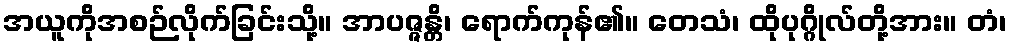
အယူကိုအစဉ်လိုက်ခြင်းသို့။ အာပဇ္ဇန္တိ၊ ရောက်ကုန်၏။ တေသံ၊ ထိုပုဂ္ဂိုလ်တို့အား။ တံ၊